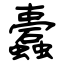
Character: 蠹